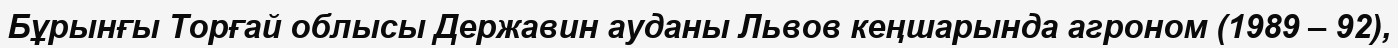
Бұрынғы Торғай облысы Державин ауданы Львов кеңшарында агроном (1989 – 92),